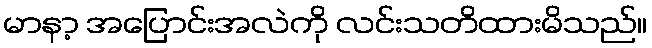
မာနာ့ အပြောင်းအလဲကို လင်းသတိထားမိသည်။